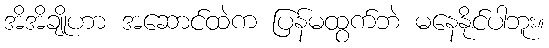
အိအိချိုဟာ အဆောင်ထဲက ပြန်မထွက်ဘဲ မနေနိုင်ပါဘူး။